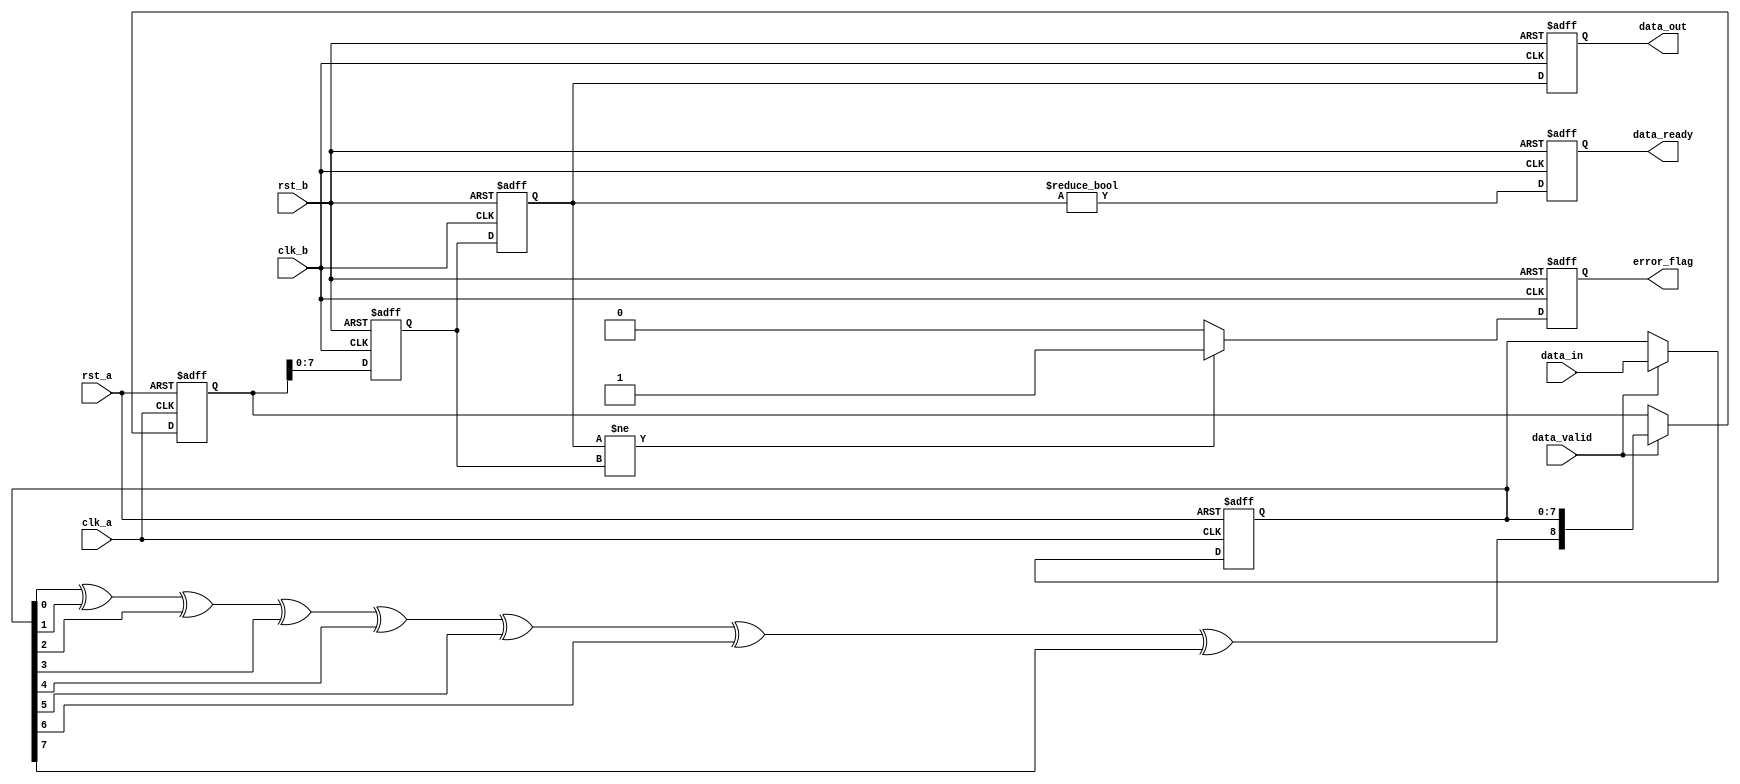
module cdc_with_error_detection #(
    parameter DATA_WIDTH = 8
)(
    input wire clk_a,                // Clock for Domain A
    input wire clk_b,                // Clock for Domain B
    input wire rst_a,                // Reset for Domain A
    input wire rst_b,                // Reset for Domain B
    input wire [DATA_WIDTH-1:0] data_in, // Data input from Domain A
    input wire data_valid,           // Signal indicating data is valid
    output reg [DATA_WIDTH-1:0] data_out, // Synchronized data output to Domain B
    output reg error_flag,           // Error flag
    output reg data_ready            // Signal indicating data is ready in Domain B
);

// Internal signals
reg [DATA_WIDTH-1:0] data_buffer; // Buffer for incoming data
reg [DATA_WIDTH:0] data_with_parity; // Data with parity bit
reg [DATA_WIDTH-1:0] sync_data_1, sync_data_2; // Synchronization flip-flops

// Parity calculation
function [DATA_WIDTH:0] calculate_parity;
    input [DATA_WIDTH-1:0] data;
    integer i;
    begin
        calculate_parity[DATA_WIDTH-1:0] = data; // Copy data
        calculate_parity[DATA_WIDTH] = 0; // Initialize parity bit
        for (i = 0; i < DATA_WIDTH; i = i + 1) begin
            calculate_parity[DATA_WIDTH] = calculate_parity[DATA_WIDTH] ^ data[i]; // Calculate parity
        end
    end
endfunction

// Capture data in Domain A
always @(posedge clk_a or posedge rst_a) begin
    if (rst_a) begin
        data_buffer <= 0;
        data_with_parity <= 0;
    end else if (data_valid) begin
        data_buffer <= data_in; // Capture incoming data
        data_with_parity <= calculate_parity(data_buffer); // Calculate parity
    end
end

// Synchronization to Domain B
always @(posedge clk_b or posedge rst_b) begin
    if (rst_b) begin
        sync_data_1 <= 0;
        sync_data_2 <= 0;
        data_out <= 0;
        error_flag <= 0;
        data_ready <= 0;
    end else begin
        sync_data_1 <= data_with_parity[DATA_WIDTH-1:0]; // First stage of synchronization
        sync_data_2 <= sync_data_1; // Second stage of synchronization
        data_out <= sync_data_2; // Output synchronized data
        data_ready <= (sync_data_2 != 0); // Indicate data is ready

        // Error detection
        if (sync_data_2[DATA_WIDTH-1:0] != sync_data_1[DATA_WIDTH-1:0]) begin
            error_flag <= 1; // Error detected
        end else begin
            error_flag <= 0; // No error
        end
    end
end

endmodule